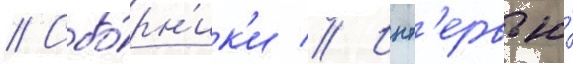
// Сбо́рн'ик'и // Инт'ервью́